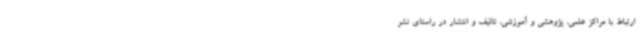
ارتباط با مراکز علمی، پژوهشی و آموزشی، تالیف و انتشار در راستای نشر